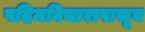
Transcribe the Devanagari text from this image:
पदिमविचारापासून